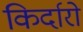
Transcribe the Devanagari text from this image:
किर्दारो